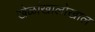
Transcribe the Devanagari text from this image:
खेळांखालोखाल